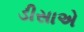
ડીસાએ